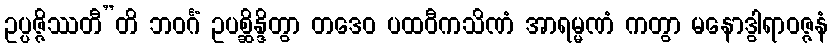
ဥပ္ပဇ္ဇိဿတီ”တိ ဘဝင်္ဂံ ဥပစ္ဆိန္ဒိတွာ တဒေဝ ပထဝီကသိဏံ အာရမ္မဏံ ကတွာ မနောဒွါရာဝဇ္ဇနံ